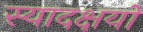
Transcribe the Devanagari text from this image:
स्यादक्षयो